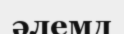
әлемд